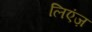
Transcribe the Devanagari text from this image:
लिएंज़